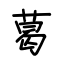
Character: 葛